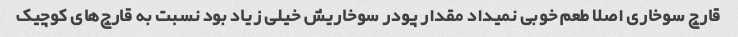
قارچ سوخاری اصلا طعم خوبی نمیداد مقدار پودر سوخاریش خیلی زیاد بود نسبت به قارچ‌های کوچیک